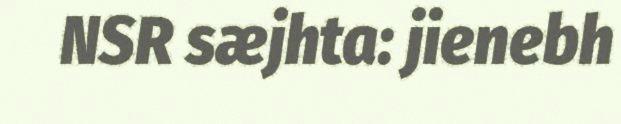
NSR sæjhta: jienebh